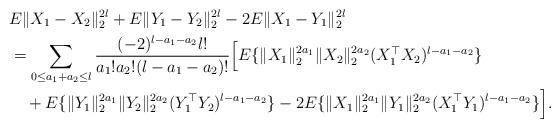
LaTeX: \begin{align*}&E\|X_1- X_2\|^{2l}_2+E\|Y_1-Y_2\|^{2l}_2-2E\|X_1- Y_1\|^{2l}_2\\&=\sum_{0\leq a_1+a_2\leq l}\frac{(-2)^{l-a_1-a_2}l!}{a_1!a_2!(l-a_1-a_2)!}\Big[E\{\|X_1\|_{2}^{2a_1}\|X_2\|_{2}^{2a_2}(X_1^\top X_2)^{l-a_1-a_2}\}\\&\quad+E\{\|Y_1\|_{2}^{2a_1}\|Y_2\|_{2}^{2a_2}(Y_1^\top Y_2)^{l-a_1-a_2}\}-2E\{\|X_1\|_{2}^{2a_1}\|Y_1\|_{2}^{2a_2}(X_1^\top Y_1)^{l-a_1-a_2}\}\Big].\end{align*}